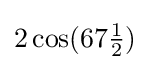
2\cos(67{\tfrac {1}{2}})